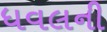
ધવલની